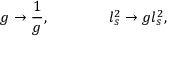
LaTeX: g \rightarrow { \frac { 1 } { g } } , \qquad \qquad l _ { s } ^ { 2 } \rightarrow g l _ { s } ^ { 2 } ,